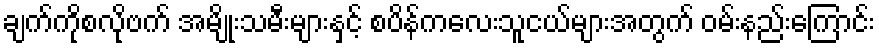
ချက်ကိုစလိုဗက် အမျိုးသမီးများနှင့် စပိန်ကလေးသူငယ်များအတွက် ဝမ်းနည်းကြောင်း